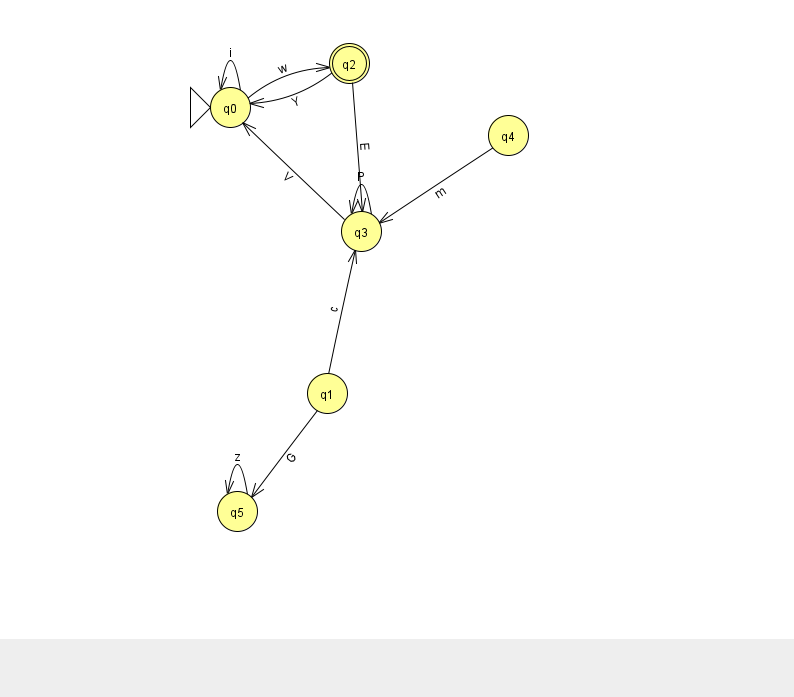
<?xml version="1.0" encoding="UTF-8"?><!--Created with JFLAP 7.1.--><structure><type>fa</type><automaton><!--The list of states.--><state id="0" name="q0"><x>230.0</x><y>94.0</y><initial/></state><state id="1" name="q1"><x>327.0</x><y>380.0</y></state><state id="2" name="q2"><x>349.0</x><y>50.0</y><final/></state><state id="3" name="q3"><x>361.0</x><y>218.0</y></state><state id="4" name="q4"><x>508.0</x><y>122.0</y></state><state id="5" name="q5"><x>237.0</x><y>498.0</y></state><!--The list of transitions.--><transition><from>3</from><to>3</to><read>P</read></transition><transition><from>0</from><to>2</to><read>w</read></transition><transition><from>2</from><to>3</to><read>E</read></transition><transition><from>1</from><to>3</to><read>c</read></transition><transition><from>3</from><to>0</to><read>V</read></transition><transition><from>0</from><to>0</to><read>i</read></transition><transition><from>1</from><to>5</to><read>G</read></transition><transition><from>5</from><to>5</to><read>z</read></transition><transition><from>2</from><to>0</to><read>Y</read></transition><transition><from>4</from><to>3</to><read>m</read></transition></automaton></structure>